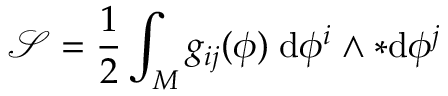
{ \mathcal { S } } = { \frac { 1 } { 2 } } \int _ { M } g _ { i j } ( \phi ) \; \mathrm { d } \phi ^ { i } \wedge { * \mathrm { d } \phi ^ { j } }